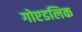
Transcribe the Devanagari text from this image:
गोएडलिक